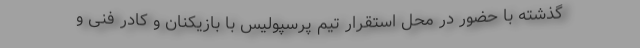
گذشته با حضور در محل استقرار تیم پرسپولیس با بازیکنان و کادر فنی و